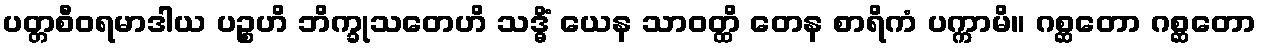
ပတ္တစီဝရမာဒါယ ပဉ္စဟိ ဘိက္ခုသတေဟိ သဒ္ဓိံ ယေန သာဝတ္ထိ တေန စာရိကံ ပက္ကာမိ။ ဂစ္ဆတော ဂစ္ဆတော